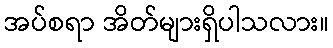
အပ်စရာ အိတ်များရှိပါသလား။